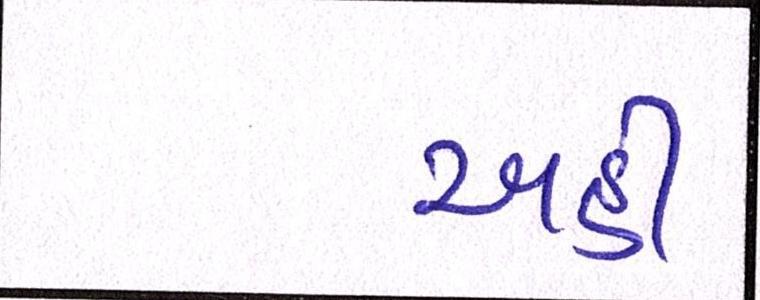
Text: અહીં